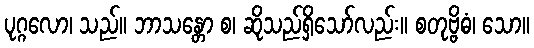
ပုဂ္ဂလော၊ သည်။ ဘာသန္တော စ၊ ဆိုသည်ရှိသော်လည်း။ စတုဗ္ဗိဓံ၊ သော။